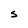
Character: S